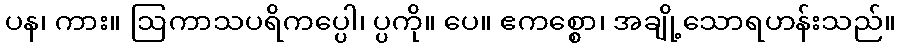
ပန၊ ကား။ ဩကာသပရိကပ္ပေါ၊ ပ္ပကို။ ပေ။ ဧကစ္စော၊ အချို့သောရဟန်းသည်။